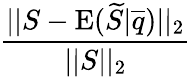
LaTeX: \frac{||S-\mathrm{E}(\widetilde{S}|\overline{{q}})||_{2}}{||S||_{2}}